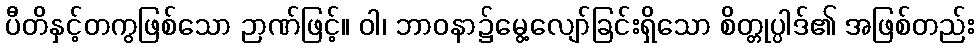
ပီတိနှင့်တကွဖြစ်သော ဉာဏ်ဖြင့်။ ဝါ၊ ဘာဝနာ၌မွေ့လျော်ခြင်းရှိသော စိတ္တုပ္ပါဒ်၏ အဖြစ်တည်း